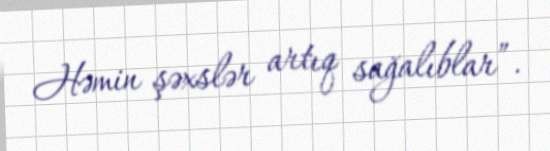
Həmin şəxslər artıq sağalıblar”.